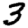
Digit: 3